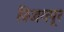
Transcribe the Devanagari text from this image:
विजयपूर